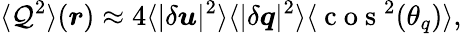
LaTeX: {\langle\mathcal{Q}^{2}\rangle(\boldsymbol{r})\approx 4\langle|\delta\boldsymbol{u}|^{2}\rangle\langle|\delta\boldsymbol{q}|^{2}\rangle\langle\mathrm{~c~o~s~}^{2}(\theta_{q})\rangle,}